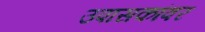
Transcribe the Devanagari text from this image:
उपासकांवर